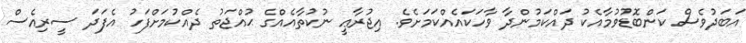
އަބަދުވެސް ކަންބޮޑުވުމާއެކު ދައްކަމުންދާ ވާހަކައެއްކަމަށެވެ. އިޖުރާޢީ ނުކުތާއެއްގެ ޙުއްޖަތު ދެއްކުމަށްފަހު އެފަދަ ސީރިއެސް